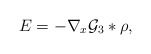
\begin{align*} E=-\nabla_x \mathcal{G}_3 \ast \rho,\end{align*}